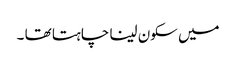
میں سکون لینا چاہتا تھا ۔